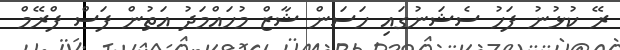
ރޭ ކުޅުނު ފަހު ސެޝަނުގައި ހަސަން ޝާޒް މުހައްމަދު އަތުން ފަސް ފްރޭމް